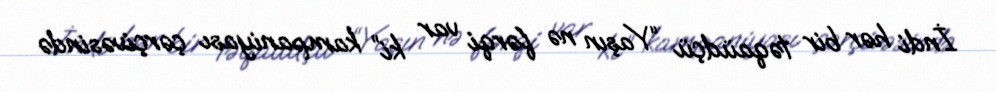
İndi hər bir təqaüdçü “Yaşın nə fərqi var ki” kampaniyası çərçivəsində